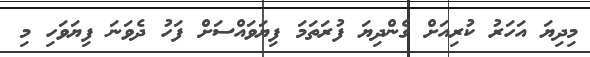
މިދިޔަ އަހަރު ކުރިއަށް ގެންދިޔަ ފުރަތަމަ ފިޔަވައްސަށް ފަހު ދެވަނަ ފިޔަވަހި މި